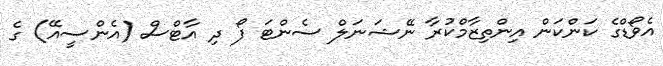
އެވޯޑްގެ ކަންކަން އިންތިޒާމްކުރާ ނޭޝަނަލް ސެންޓަ ފޯ ދި އާޓްސް (އެންސީއޭ) ގެ